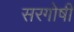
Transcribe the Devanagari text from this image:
सरगोषी